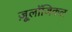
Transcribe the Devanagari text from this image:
ज़ू्लॉजिकल